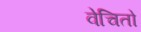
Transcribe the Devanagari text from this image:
वेचितो